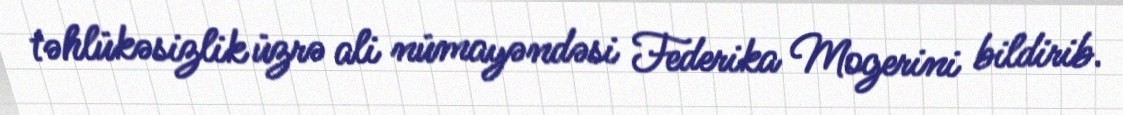
təhlükəsizlik üzrə ali nümayəndəsi Federika Mogerini bildirib.